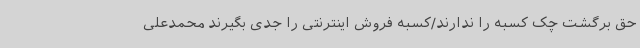
حق برگشت چک کسبه را ندارند/کسبه فروش اینترنتی را جدی بگیرند محمدعلی